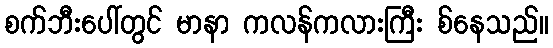
စက်ဘီးပေါ်တွင် မာနာ ကလန်ကလားကြီး စ်နေသည်။